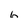
Character: 6